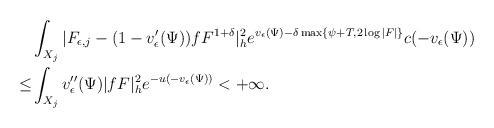
LaTeX: \begin{align*}&\int_{X_j}|F_{\epsilon,j}-(1-v'_{\epsilon}(\Psi))fF^{1+\delta}|^2_h e^{v_\epsilon(\Psi)-\delta \max\{\psi+T,2\log|F|\}}c(-v_\epsilon(\Psi))\\\le&\int_{X_j}v''_{\epsilon}(\Psi)|fF|^2_h e^{-u(-v_{\epsilon}(\Psi))}<+\infty.\end{align*}